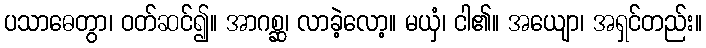
ပသာဓေတွာ၊ ဝတ်ဆင်၍။ အာဂစ္ဆ၊ လာခဲ့လော့။ မယှံ၊ ငါ၏။ အယျော၊ အရှင်တည်း။